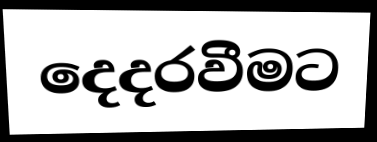
දෙදරවීමට